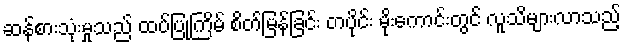
ဆန်စားသုံးမှုသည် ထပ်ပြုကြိမ် စိတ်မြန်ခြင်း တပိုင်း မိုးကောင်းတွင် လူသိများလာသည့်